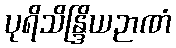
ပုရိသိန္ဒြိယဉာဏံ